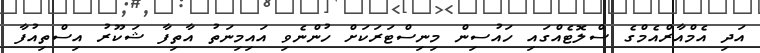
އަދި އެމްއާރްއެމްގެ ސްލޮޓެއްގައި ހައުސިން މިނިސްޓަރަކަށް ހުންނެވި އައިމިނަތު އާތިފާ ޝަކޫރު އިސްތިއުފާ